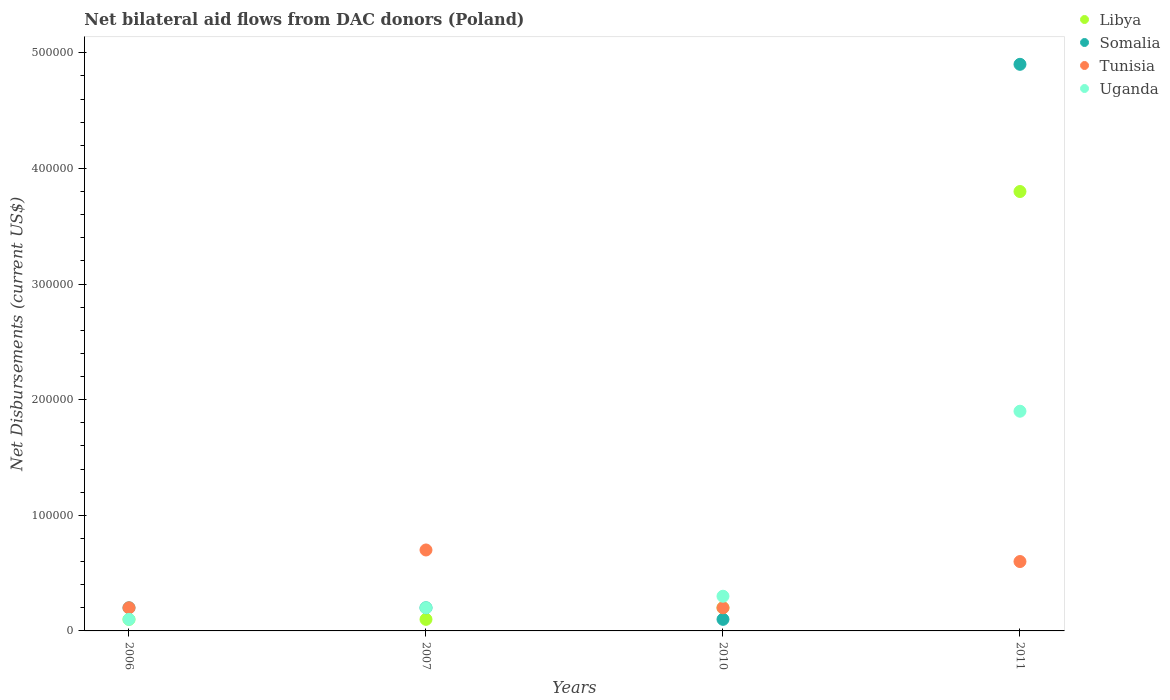
| Years | Libya | Somalia | Tunisia | Uganda |
 | --- | --- | --- | --- | --- |
 | 2006 | 1e+04 | 2e+04 | 2e+04 | 1e+04 |
 | 2007 | 1e+04 | 2e+04 | 7e+04 | 2e+04 |
 | 2010 | 2e+04 | 1e+04 | 2e+04 | 3e+04 |
 | 2011 | 3.8e+05 | 4.9e+05 | 6e+04 | 1.9e+05 |